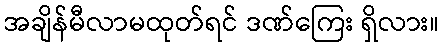
အချိန်မီလာမထုတ်ရင် ဒဏ်ကြေး ရှိလား။